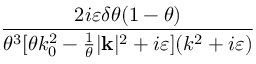
\frac { 2 i \varepsilon \delta \theta ( 1 - \theta ) } { \theta ^ { 3 } [ \theta k _ { 0 } ^ { 2 } - \frac { 1 } { \theta } | \mathbf { k } | ^ { 2 } + i \varepsilon ] ( k ^ { 2 } + i \varepsilon ) }